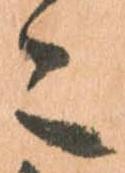
々